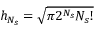
h _ { N _ { s } } = \sqrt { \pi 2 ^ { N _ { s } } { N _ { s } } ! }